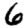
Digit: 6